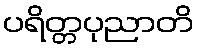
ပရိတ္တပုညာတိ